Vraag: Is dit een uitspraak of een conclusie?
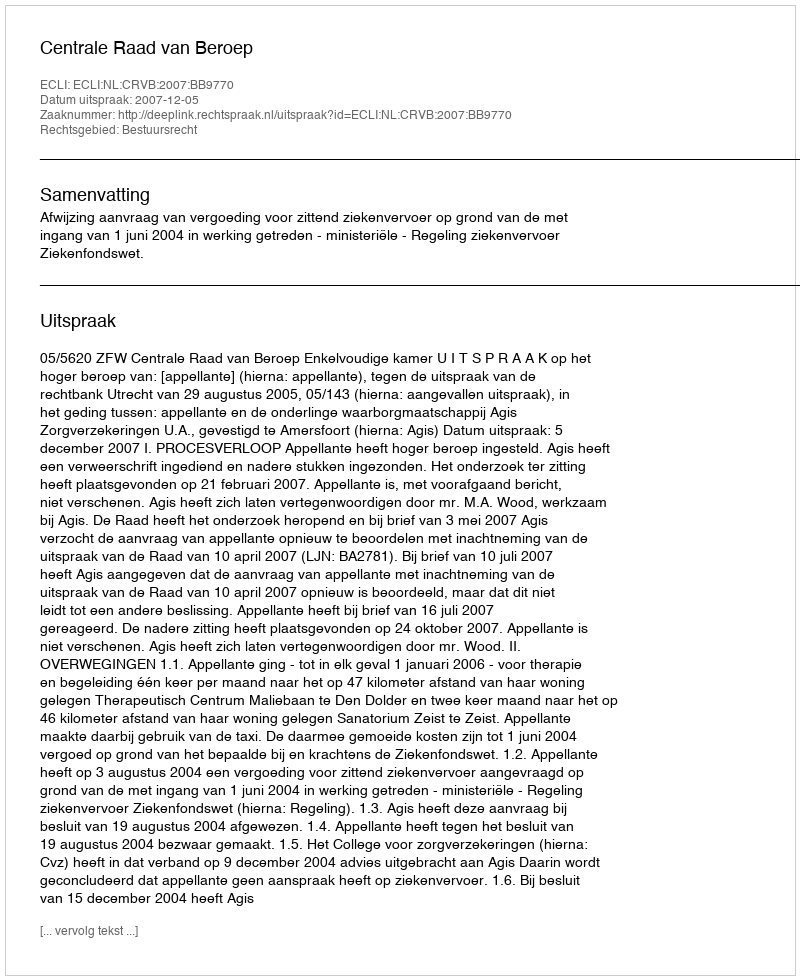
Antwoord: Uitspraak